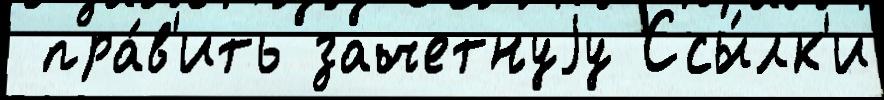
 пра́в'ить зачетнуjу Ссы́лк'и